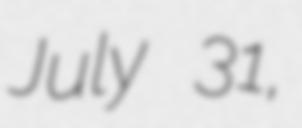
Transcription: July 31,